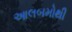
આલબમોથી